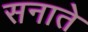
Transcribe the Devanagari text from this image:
सनाते